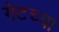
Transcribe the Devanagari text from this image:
गेटच्या